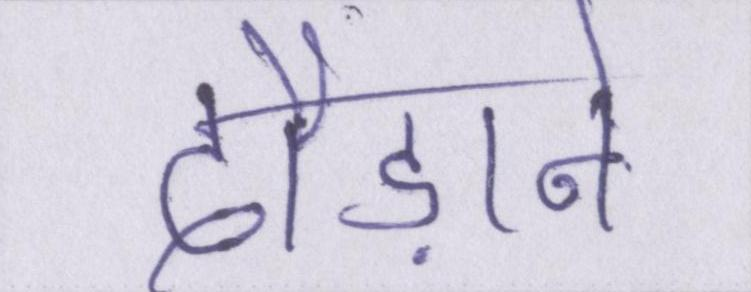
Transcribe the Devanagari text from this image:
दौड़ाने